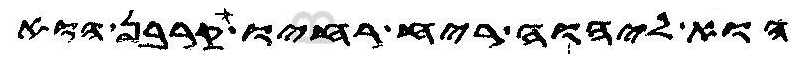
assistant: הוא ליהוה ריח רחיו קרבן הוא